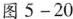
图5-20